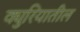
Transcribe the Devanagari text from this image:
क्युरियातील